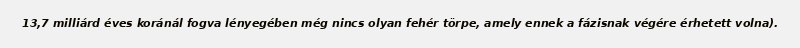
13,7 milliárd éves koránál fogva lényegében még nincs olyan fehér törpe, amely ennek a fázisnak végére érhetett volna).